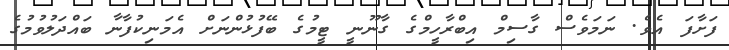
ފަށާފަ އެވެ. ނަމަވެސް ގާސިމް އިބްރާހީމްގެ ގާނޫނީ ޓީމުގެ ބޭފުޅުންނަށް އެމަނިކުފާނާ ބައްދަލުވުމުގެ